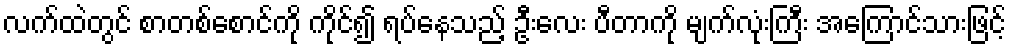
လက်ထဲတွင် စာတစ်စောင်ကို ကိုင်၍ ရပ်နေသည့် ဦးလေး ပီတာကို မျက်လုံးကြီး အကြောင်သားဖြင့်